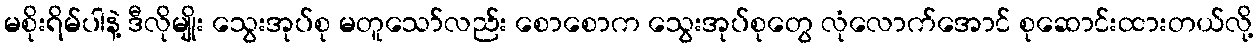
မစိုးရိမ်ပါနဲ့ ဒီလိုမျိုး သွေးအုပ်စု မတူသော်လည်း စောစောက သွေးအုပ်စုတွေ လုံလောက်အောင် စုဆောင်းထားတယ်လို့